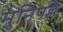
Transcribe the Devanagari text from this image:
मुनिपल्ले